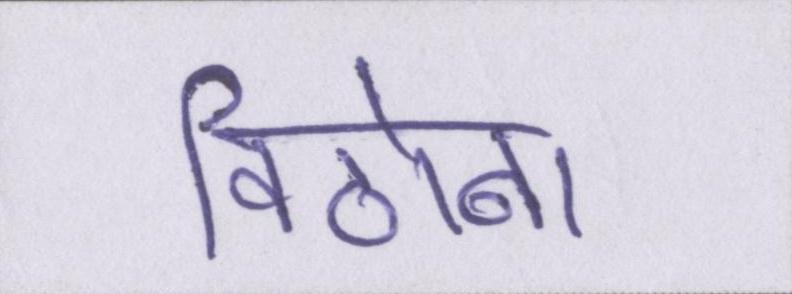
विठोबा